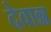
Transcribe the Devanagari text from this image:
देवान्न